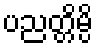
ပညတ္တိမ္ပိ